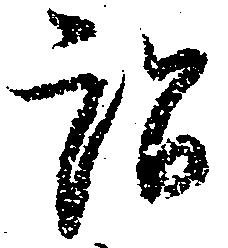
訟